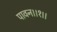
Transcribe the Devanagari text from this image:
पावन।।१।।